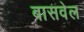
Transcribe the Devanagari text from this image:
बासवेल